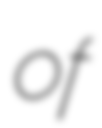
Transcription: of